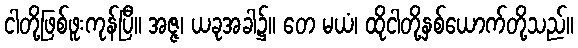
ငါတို့ဖြစ်ဖူးကုန်ပြီ။ အဇ္ဇ၊ ယခုအခါ၌။ တေ မယံ၊ ထိုငါတို့နှစ်ယောက်တို့သည်။